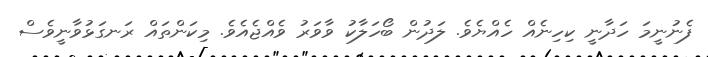
ފެނުނީމަ ހަދާނީ ކިހިނެއް ހެއްޔެވެ. ލަދުން ބޯހަލާކު ވާވަރު ވެއްޖެއެވެ. މިކަންތައް ރަނގަޅުވާނީވެސް